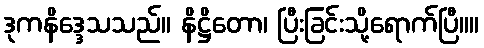
ဒုကနိဒ္ဒေသသည်။ နိဋ္ဌိတော၊ ပြီးခြင်းသို့ရောက်ပြီ။။